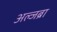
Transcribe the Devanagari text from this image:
अल्जब्रा